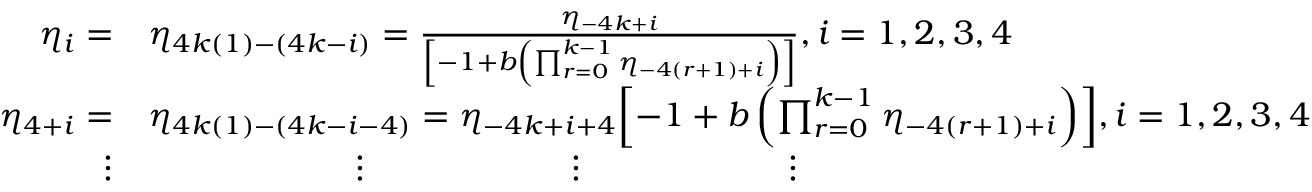
\begin{array} { r l } { \eta _ { i } = } & { \eta _ { 4 k ( 1 ) - ( 4 k - i ) } = \frac { \eta _ { - 4 k + i } } { \left[ { - 1 + b \left( \prod _ { r = 0 } ^ { k - 1 } { \eta _ { - 4 ( r + 1 ) + i } } \right) } \right] } , i = 1 , 2 , 3 , 4 } \\ { \eta _ { 4 + i } = } & { \eta _ { 4 k ( 1 ) - ( 4 k - i - 4 ) } = { \eta _ { - 4 k + i + 4 } } { \left[ { - 1 + b \left( \prod _ { r = 0 } ^ { k - 1 } { \eta _ { - 4 ( r + 1 ) + i } } \right) } \right] } , i = 1 , 2 , 3 , 4 } \\ { \vdots } & { \qquad \qquad \qquad \vdots \qquad \qquad \qquad \vdots \qquad \qquad \qquad \vdots } \end{array}